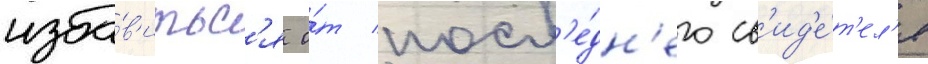
изба́в'итьс'я о́т посл'е́дн'его св'ид'е́т'ел'я